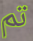
تم